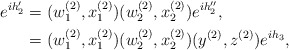
\begin{align*}e^{ih_2'} &=(w^{(2)}_1,x^{(2)}_1)(w^{(2)}_2,x^{(2)}_2)e^{ih_2''},\\&=(w^{(2)}_1,x^{(2)}_1)(w^{(2)}_2,x^{(2)}_2)(y^{(2)},z^{(2)})e^{ih_3},\end{align*}